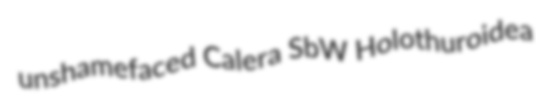
unshamefaced Calera SbW Holothuroidea